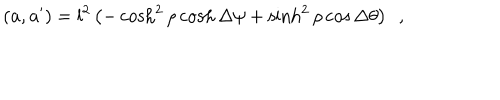
LaTeX: ( { \bf a } , { \bf a ^ { \prime } } ) = l ^ { 2 } \left( - \cosh ^ { 2 } \rho \cosh \Delta \psi + \sinh ^ { 2 } \rho \cos \Delta \theta \right) ~ ~ ,